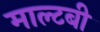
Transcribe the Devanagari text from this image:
माल्टबी